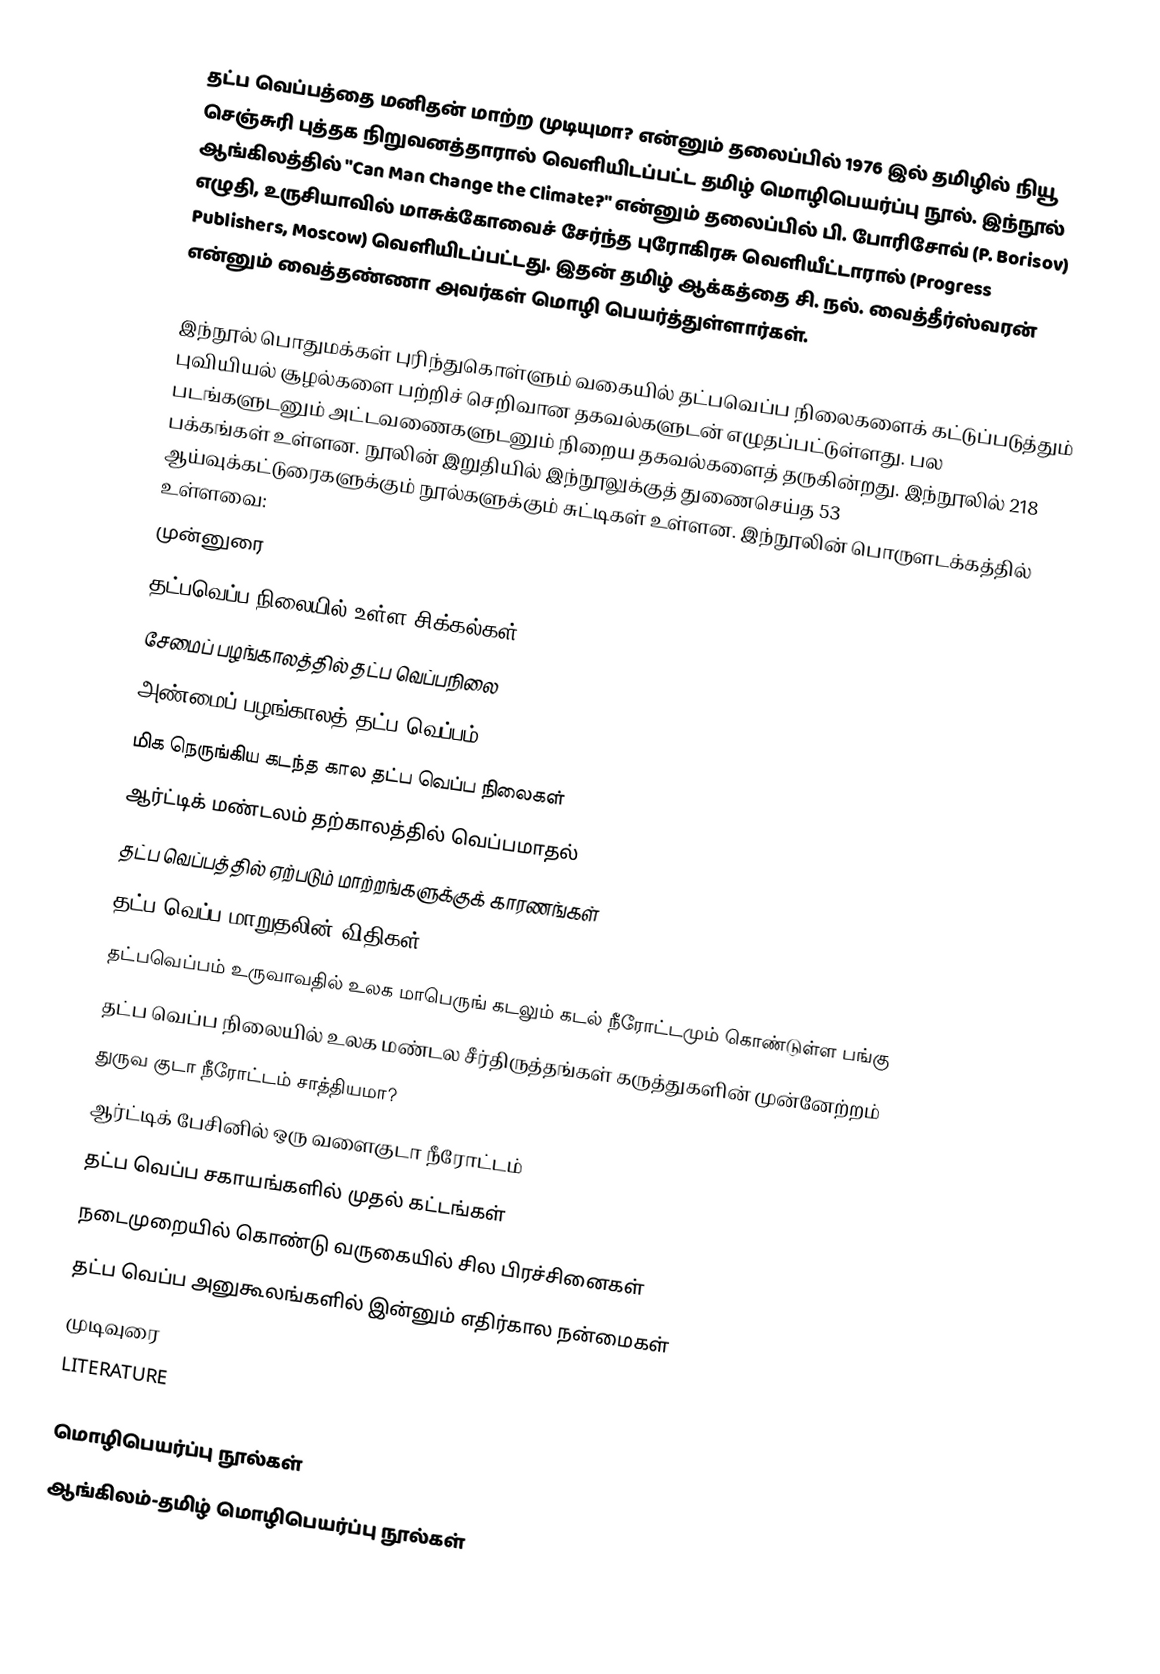
தட்ப வெப்பத்தை மனிதன் மாற்ற முடியுமா? என்னும் தலைப்பில் 1976 இல் தமிழில் நியூ செஞ்சுரி புத்தக நிறுவனத்தாரால் வெளியிடப்பட்ட தமிழ் மொழிபெயர்ப்பு நூல். இந்நூல் ஆங்கிலத்தில் "Can Man Change the Climate?" என்னும் தலைப்பில் பி. போரிசோவ் (P. Borisov) எழுதி, உருசியாவில் மாசுக்கோவைச் சேர்ந்த புரோகிரசு வெளியீட்டாரால் (Progress Publishers, Moscow) வெளியிடப்பட்டது. இதன் தமிழ் ஆக்கத்தை சி. நல். வைத்தீர்ஸ்வரன் என்னும் வைத்தண்ணா அவர்கள் மொழி பெயர்த்துள்ளார்கள்.

இந்நூல் பொதுமக்கள் புரிந்துகொள்ளும் வகையில் தட்பவெப்ப நிலைகளைக் கட்டுப்படுத்தும் புவியியல் சூழல்களை பற்றிச் செறிவான தகவல்களுடன் எழுதப்பட்டுள்ளது. பல படங்களுடனும் அட்டவணைகளுடனும் நிறைய தகவல்களைத் தருகின்றது.  இந்நூலில் 218 பக்கங்கள் உள்ளன. நூலின் இறுதியில் இந்நூலுக்குத் துணைசெய்த 53 ஆய்வுக்கட்டுரைகளுக்கும் நூல்களுக்கும் சுட்டிகள் உள்ளன. இந்நூலின் பொருளடக்கத்தில் உள்ளவை:
 முன்னுரை
தட்பவெப்ப நிலையில் உள்ள சிக்கல்கள்
சேமைப் பழங்காலத்தில் தட்ப வெப்பநிலை
அண்மைப் பழங்காலத் தட்ப வெப்பம்
மிக நெருங்கிய கடந்த கால தட்ப வெப்ப நிலைகள்
ஆர்ட்டிக் மண்டலம் தற்காலத்தில் வெப்பமாதல்
தட்ப வெப்பத்தில் ஏற்படும் மாற்றங்களுக்குக் காரணங்கள்
தட்ப வெப்ப மாறுதலின் விதிகள்
தட்பவெப்பம் உருவாவதில் உலக மாபெருங் கடலும் கடல் நீரோட்டமும் கொண்டுள்ள பங்கு
தட்ப வெப்ப நிலையில் உலக மண்டல சீர்திருத்தங்கள் கருத்துகளின் முன்னேற்றம்
துருவ குடா நீரோட்டம் சாத்தியமா?
ஆர்ட்டிக் பேசினில் ஒரு வளைகுடா நீரோட்டம்
தட்ப வெப்ப சகாயங்களில் முதல் கட்டங்கள்
நடைமுறையில் கொண்டு வருகையில் சில பிரச்சினைகள்
தட்ப வெப்ப அனுகூலங்களில் இன்னும் எதிர்கால நன்மைகள்
முடிவுரை
LITERATURE

மொழிபெயர்ப்பு நூல்கள்
ஆங்கிலம்-தமிழ் மொழிபெயர்ப்பு நூல்கள்